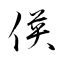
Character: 偀